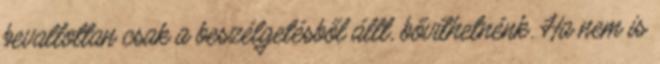
bevallottan csak a beszélgetésből állt, bővíthetnénk. Ha nem is